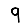
Digit: 9